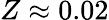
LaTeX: Z\approx 0.02